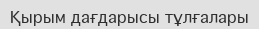
Қырым дағдарысы тұлғалары